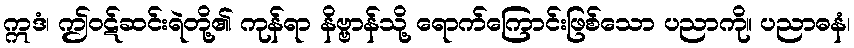
ဣဒံ၊ ဤဝဋ်ဆင်းရဲတို့၏ ကုန်ရာ နိဗ္ဗာန်သို့ ရောက်ကြောင်းဖြစ်သော ပညာကို။ ပညာဓနံ၊